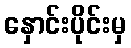
နှောင်းပိုင်းမှ